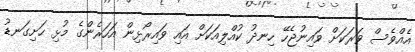
އެއްވެސް ވަރަކަށް ވައިނުޖެހޭ ހިނދު ކުއްލިއަކަށް އައި ވައިރޯޅިން އަހަރެންގެ މުޅި ހަށިގަނޑު